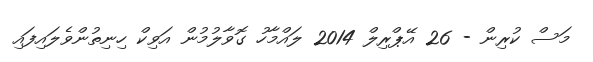
މަސް ކުރިން - 26 އޭޕްރިލް 2014 ލައްމާހު ގޮވާލުމުން އަވިކް ހިނިތުންވެލައިފައި